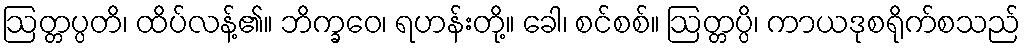
ဩတ္တပ္ပတိ၊ ထိပ်လန့်၏။ ဘိက္ခဝေ၊ ရဟန်းတို့။ ခေါ၊ စင်စစ်။ ဩတ္တပ္ပိ၊ ကာယဒုစရိုက်စသည်